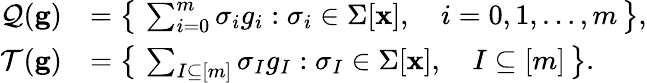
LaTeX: \begin{array}{rl}{\mathcal{Q}(\mathbf{g})}&{=\big\{ \, \sum_{i=0}^{m}\sigma_{i}g_{i}:\sigma_{i}\in\Sigma[\mathbf{x}],\quad i=0,1,\ldots,m\, \big\} ,}\\ {\mathcal{T}(\mathbf{g})}&{=\big\{ \, \sum_{I\subseteq[m]}\sigma_{I}g_{I}:\sigma_{I}\in\Sigma[\mathbf{x}],\quad I\subseteq[m]\, \big\} .}\end{array}